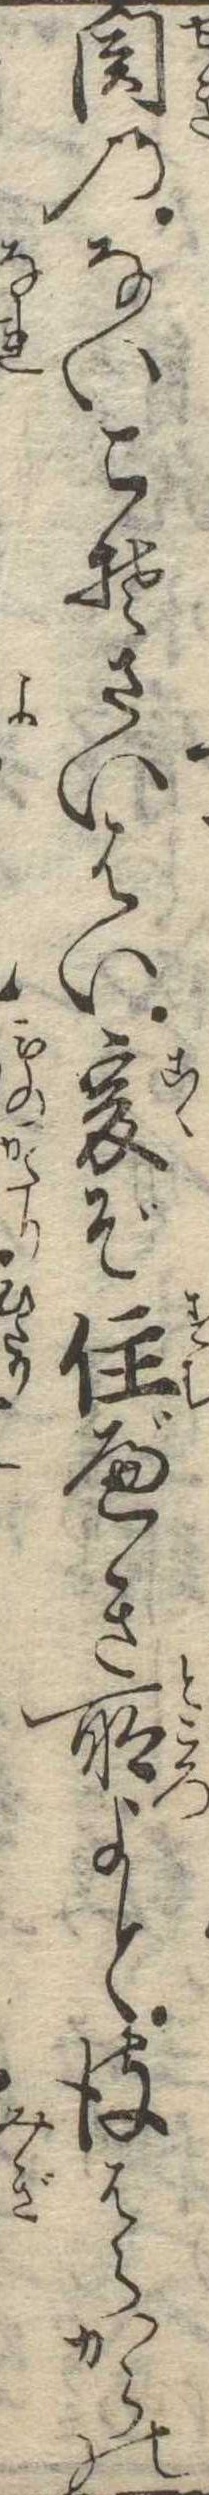
関のないこそさいはい爰ぞ住べき所よと彼はらからの